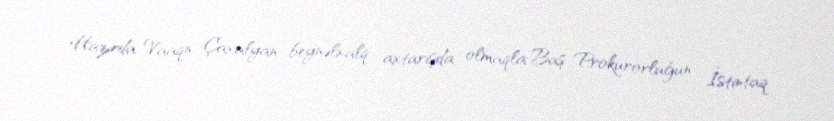
Hazırda Vaaqn Çaxalyan beynəlxalq axtarışda olmaqla Baş Prokurorluğun İstintaq